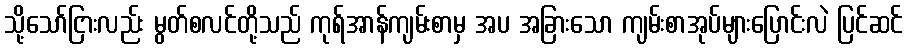
သို့သော်ငြားလည်း မွတ်စလင်တို့သည် ကုရ်အာန်ကျမ်းစာမှ အပ အခြားသော ကျမ်းစာအုပ်များပြောင်းလဲ ပြင်ဆင်